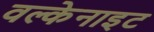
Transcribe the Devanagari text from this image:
वल्केनाइट